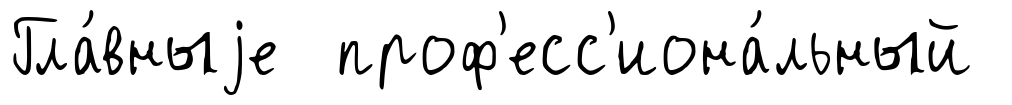
Гла́вныjе проф'есс'иона́льный